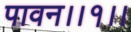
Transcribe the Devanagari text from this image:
पावन।।१।।